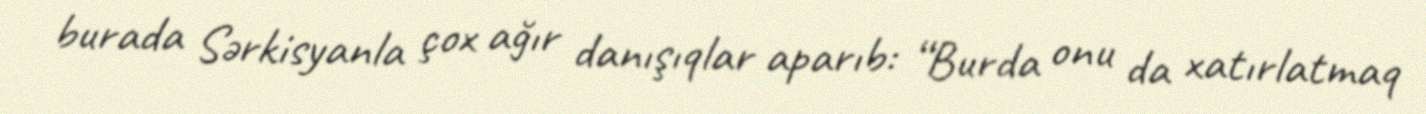
burada Sərkisyanla çox ağır danışıqlar aparıb: “Burda onu da xatırlatmaq